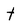
Character: t